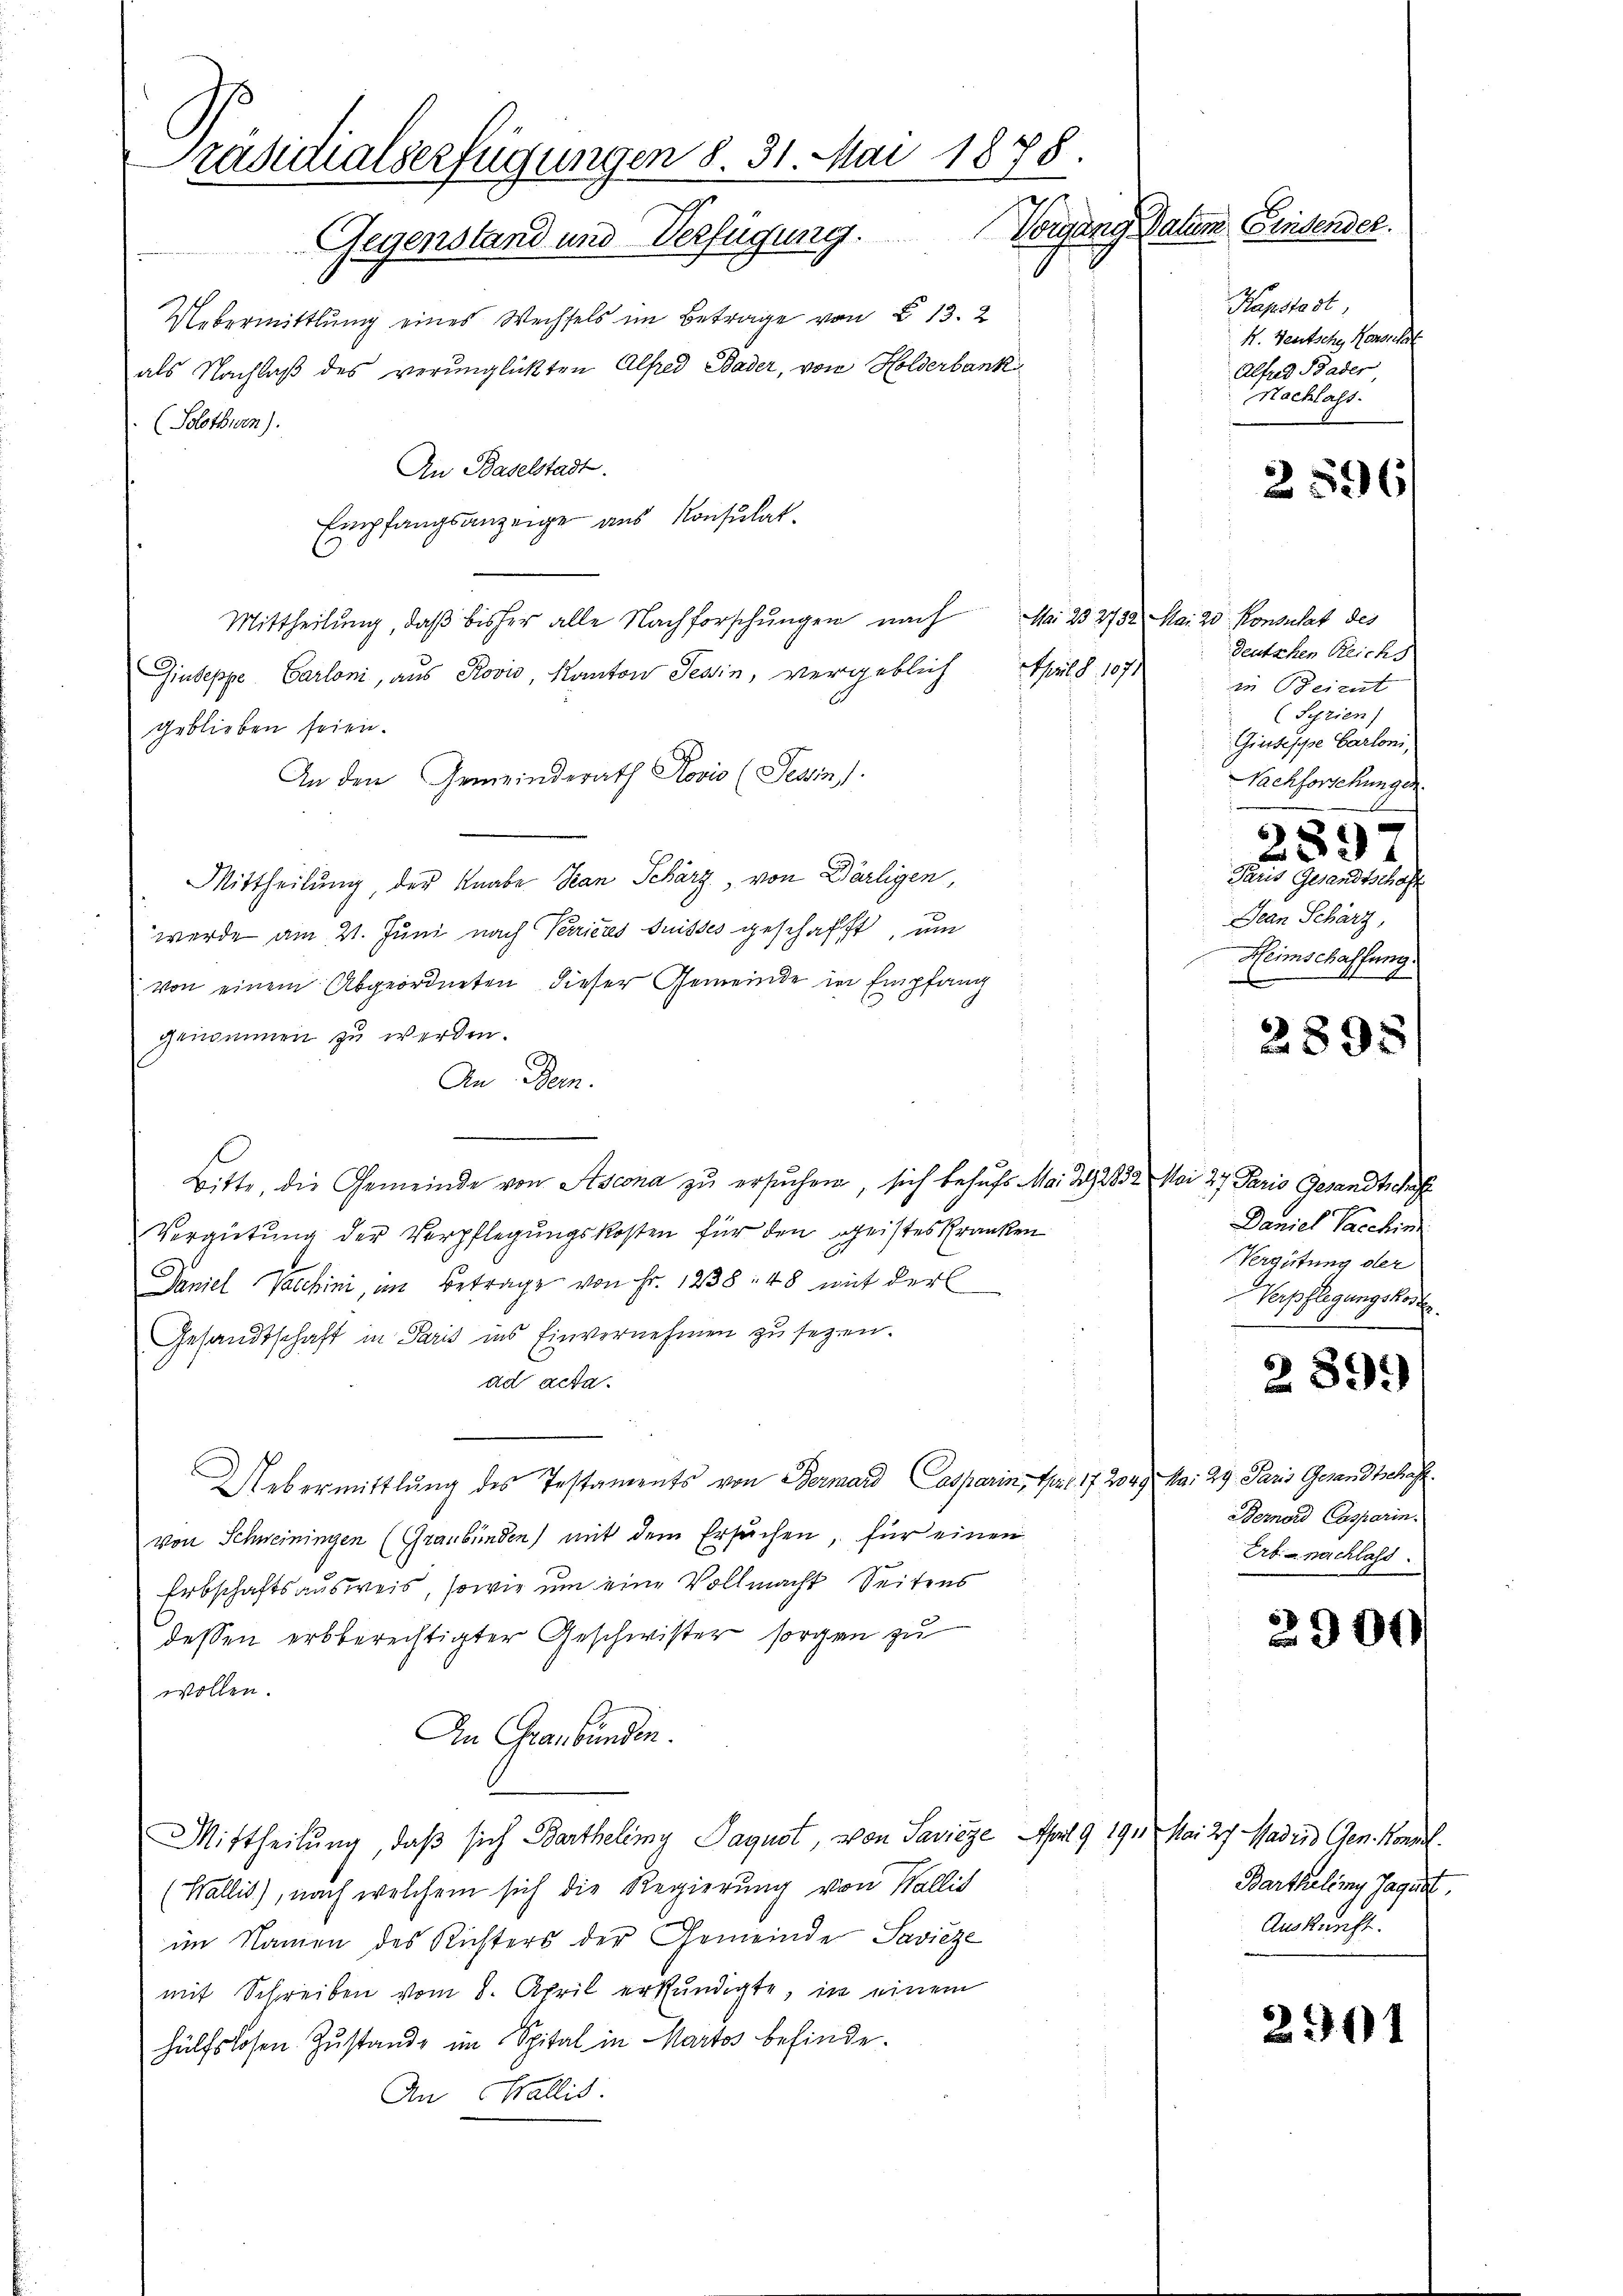
Präsidialverfügungen 8. 31. Mai 1878.
Vorgang Datum Eindender.
Gegenstand und Verfügung.

Uebermittlung eines Wechsels im Betrage von § 13. 2
als Nachlaß des verunglückten Alfred Bader, von Holderbank
(Solothurn).
An Baselstadt.
Empfangsanzeige aus Konsulat
Nr. 20. 272/
April d. 1071
Giuseppe Carloni, aus Rović, Kanton Tessin, vergeblich
geblieben seien.
An den Gemeindrath Rovio (Tessin.
Mittheilung, der Knabe San Schärz, von Därligen,
werde am 21. Juni nach Verrieres Suisses geschafft, um
von einem Abgeordneten dieser Gemeinde in Empfang
genommen zu werden.
An Dein.
—
Bitte, die Gemeinde von Stscona zu ersuchen, sich behufs Mai 22832 Mai 27 Paris Gesandtschaf
Vergütung der Verpflegungskosten für den Geistes Kranken
Daniel Vacchini, im Betrage von Fr. 1238. 48 mit der
Gesandtschaft in Paris ins Einvernehmen zu seyen.
ad acta.
Uebermittlung des Testaments von Germard Casparin, Mart. 172049
von Schweiningen (Graubünden mit dem Ersuchen, für einen
Erbschaftsausweis, sowie um eine Vollmacht Seitens
dessen erbberechtigter Geschwister sorgen zu
wollen.
An Graubünden.
Mittheilung, daß sich Bartheling Pagust, von Savieze April 191. Mai 27. Mader Gen. Konnel
(Wallis), nach welchem sich die Regierung von Wallis
im Namen des Richters der Gemeinde Savieze
mit Schreiben vom 8. April erkundigte, in einem
hülfslosen Zustande im Spital in Martos befinde.
An Wallis.

Mittheilung, daß bisher alle Nachforschungen nach

Kapstadt
1. Deutsche Konsthal
Alfred Bader,
Nachlass

2596

Mai 20. Konsulat des
deutschen Reichs
in Beirat
(Syrien)
Giuseppe Cartoni,
Nachforschungen.

289
Paris Gesandtschaft
Jean Schärz,
Heimschaffung.

2895

Daniel Sacchin
Vergütung der
Verpflegungskosten.

289.

Ma: 29. Jani Gesandtschaf
Bernard Casparin.
Erb - nachlass

2900

Bartheling Jagust.
Auskunft.

291